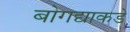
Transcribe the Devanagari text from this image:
बोगद्याकडे